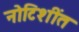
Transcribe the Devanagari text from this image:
नोटिशींत